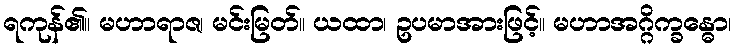
ရကုန်၏။ မဟာရာဇ၊ မင်းမြတ်။ ယထာ၊ ဥပမာအားဖြင့်။ မဟာအဂ္ဂိက္ခန္ဓော၊